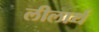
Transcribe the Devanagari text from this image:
लीलार्थ